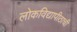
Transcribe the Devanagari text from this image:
लोकविद्यापीठाची